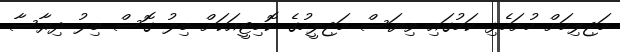
މަޖިލިހަށް ހުށަހެޅި ކަމުގައި ވިޔަސް މަޖިލީހުގެ ކޮމިޓީއަކަށް ބިލު ގޮސް ބިލު ދިރާސާ